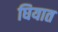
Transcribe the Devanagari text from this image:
घियात